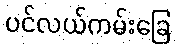
ပင်လယ်ကမ်းခြေ